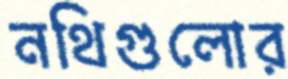
নথিগুলোর